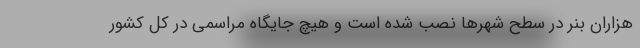
هزاران بنر در سطح شهرها نصب شده است و هیچ جایگاه مراسمی در کل کشور